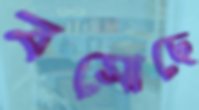
বসোছে